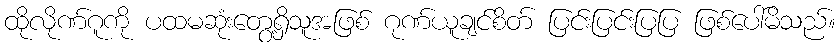
ထိုလိုဏ်ဂူကို ပထမဆုံးတွေ့ရှိသူအဖြစ် ဂုဏ်ယူချင်စိတ် ပြင်းပြင်းပြပြ ဖြစ်ပေါ်မိသည်။